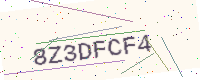
Text: 8Z3DFCF4